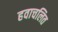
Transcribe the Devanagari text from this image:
हवाचलित